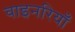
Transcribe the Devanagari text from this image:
वाइनरियाँ